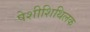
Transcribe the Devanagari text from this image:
पेशीशिथिलक